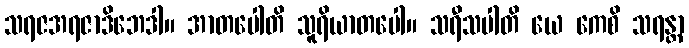
သရဇအရဇာဒိဘေဒါ။ အာတပေါတိ သူရိယာတပေါ။ သရီသပါတိ ယေ ကေစိ သရန္တာ